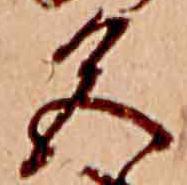
色